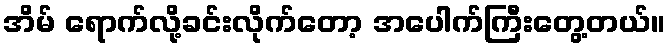
အိမ် ရောက်လို့ခင်းလိုက်တော့ အပေါက်ကြီးတွေ့တယ်။